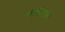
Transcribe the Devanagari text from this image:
भौगेलिक